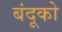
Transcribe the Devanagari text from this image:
बंदूको